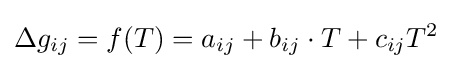
\Delta g_{ij}=f(T)=a_{ij}+b_{ij}\cdot T+c_{ij}T^{2}